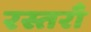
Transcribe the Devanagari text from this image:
रस्तराँ